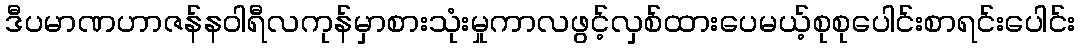
ဒီပမာဏဟာဇန်နဝါရီလကုန်မှာစားသုံးမှုကာလဖွင့်လှစ်ထားပေမယ့်စုစုပေါင်းစာရင်းပေါင်း